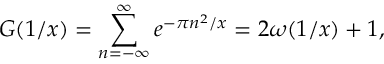
G ( 1 / x ) = \sum _ { n = - \infty } ^ { \infty } e ^ { - \pi n ^ { 2 } / x } = 2 \omega ( 1 / x ) + 1 ,